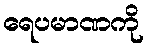
ရေပမာဏကို